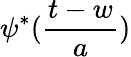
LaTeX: \psi^{\ast}(\frac{t-w}{a})